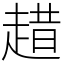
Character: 趞